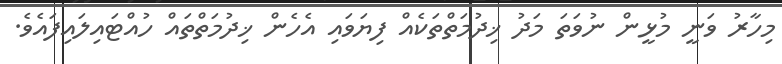
މިހާރު ވަނީ މުޅީން ނުވަތަ މަދު ޚިދުމަތްތަކެއް ފިޔަވައި އެހެން ޚިދުމަތްތައް ހުއްޓައިލައިފައެވެ.